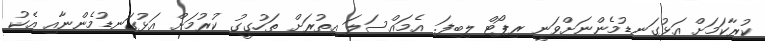
ކުރާކަމަށް އަޅުގަނޑުމެންނަށްވަނީ ރިޕޯޓް ލިބިފަ. އެމައްސަލަ އިތުރަށް ތަހުގީގު ކުރުމަށް އަޅުގަނޑުމެންނާއި އެކު